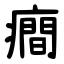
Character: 癎